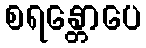
စရန္တောပေ